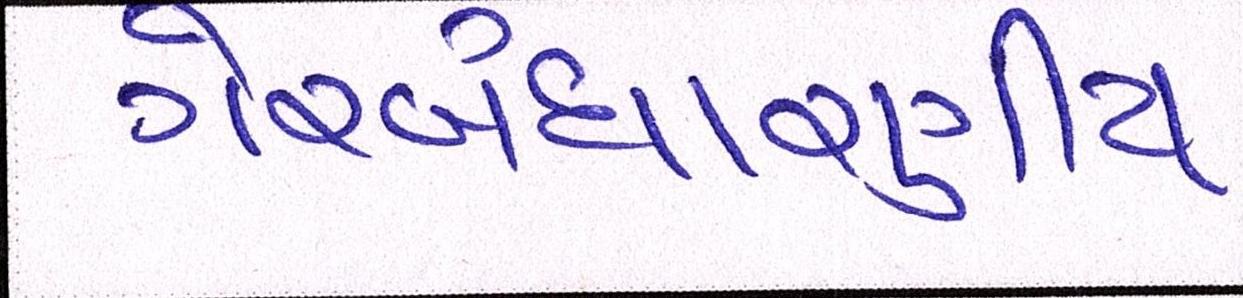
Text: ગેરબંધારણીય